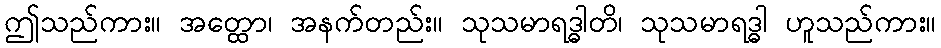
ဤသည်ကား။ အတ္ထော၊ အနက်တည်း။ သုသမာရဒ္ဓါတိ၊ သုသမာရဒ္ဓါ ဟူသည်ကား။